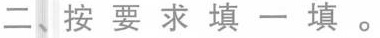
二、按要求填-填。